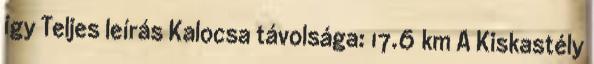
így Teljes leírás Kalocsa távolsága: 17.6 km A Kiskastély